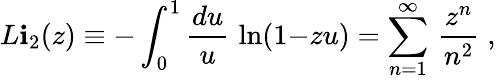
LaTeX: L\mathbf{i}_{2}(z)\equiv-\int_{0}^{1}{\frac{{du}}{{u}}}\, \ln(1{-}zu)=\sum_{n=1}^{\infty}\, {\frac{{z^{n}}}{{n^{2}}}}\; ,